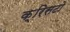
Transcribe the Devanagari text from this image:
क्रिसटो